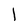
Character: l